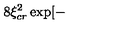
8 \xi _ { c r } ^ { 2 } \exp [ -